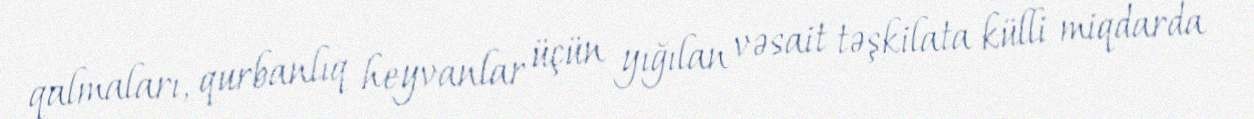
qalmaları, qurbanlıq heyvanlar üçün yığılan vəsait təşkilata külli miqdarda